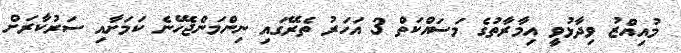
މުއިއްޒު ވިދާޅުވީ އިމާރާތުގެ މަސައްކަތް 3 އަހަރު ތެރޭގައި ނިންމަންޖެހޭނެ ކަމަށާއި ސަރުކާރަށް